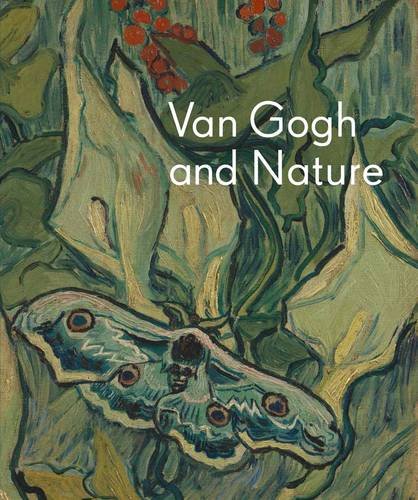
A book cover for Van Gogh and Nature; Richard Kendall; Arts & Photography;